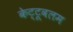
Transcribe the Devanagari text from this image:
केट्टूवलम